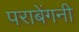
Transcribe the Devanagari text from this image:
पराबेंगनी